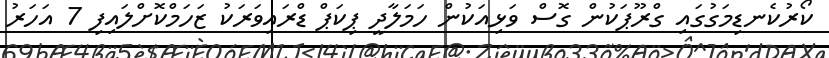
ކޯރުކެނޑިމަގުގައި ގްރޫޕަކުން ގޮސް ވަޅިއަކުން ހަމަލާދީ ޕިކަޕް ޑްރައިވަރަކު ޒަހަމްކޮށްލައިފި 7 އަހަރު